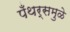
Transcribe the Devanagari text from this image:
पँथर्समुळे